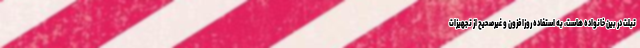
تبلت در بین خانواده هاست، به استفاده روزافزون و غیرصحیح از تجهیزات